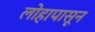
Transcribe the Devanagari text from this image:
लोहापासून